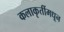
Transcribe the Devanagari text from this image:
कलाकृतींमधून